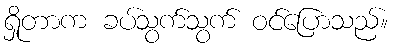
ရှိုတာက ခပ်သွက်သွက် ဝင်ပြောသည်။